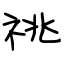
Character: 祧